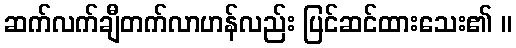
ဆက်လက်ချီတက်လာဟန်လည်း ပြင်ဆင်ထားသေး၏ ။